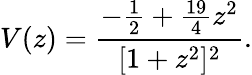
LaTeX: V(z)=\frac{-\frac{1}{2}+\frac{19}{4}z^{2}}{[1+z^{2}]^{2}}.